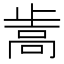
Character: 𰙵